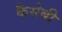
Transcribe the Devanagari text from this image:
कैसेबी